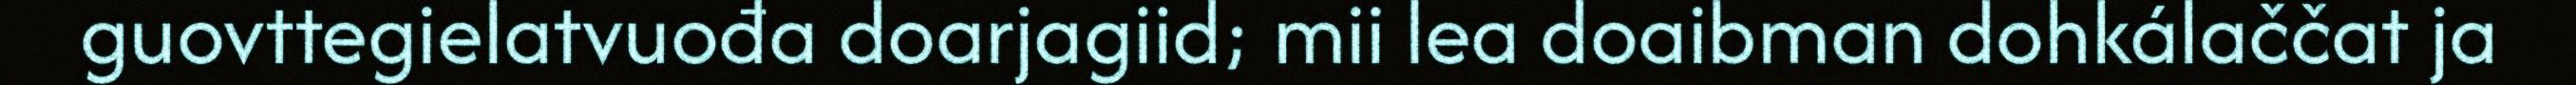
guovttegielatvuođa doarjagiid; mii lea doaibman dohkálaččat ja